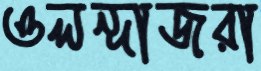
ওলন্দাজরা